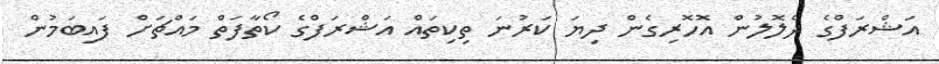
އަޝްރަފްގެ ދެލޮލުން އޮހޮރިގެން ދިޔަ ކަރުނަ ތިކިތައް އަޝްރަފްގެ ކޯތާފަތް މައްޗަށް ފައިބަމުން